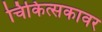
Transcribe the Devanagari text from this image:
चिकित्सकावर